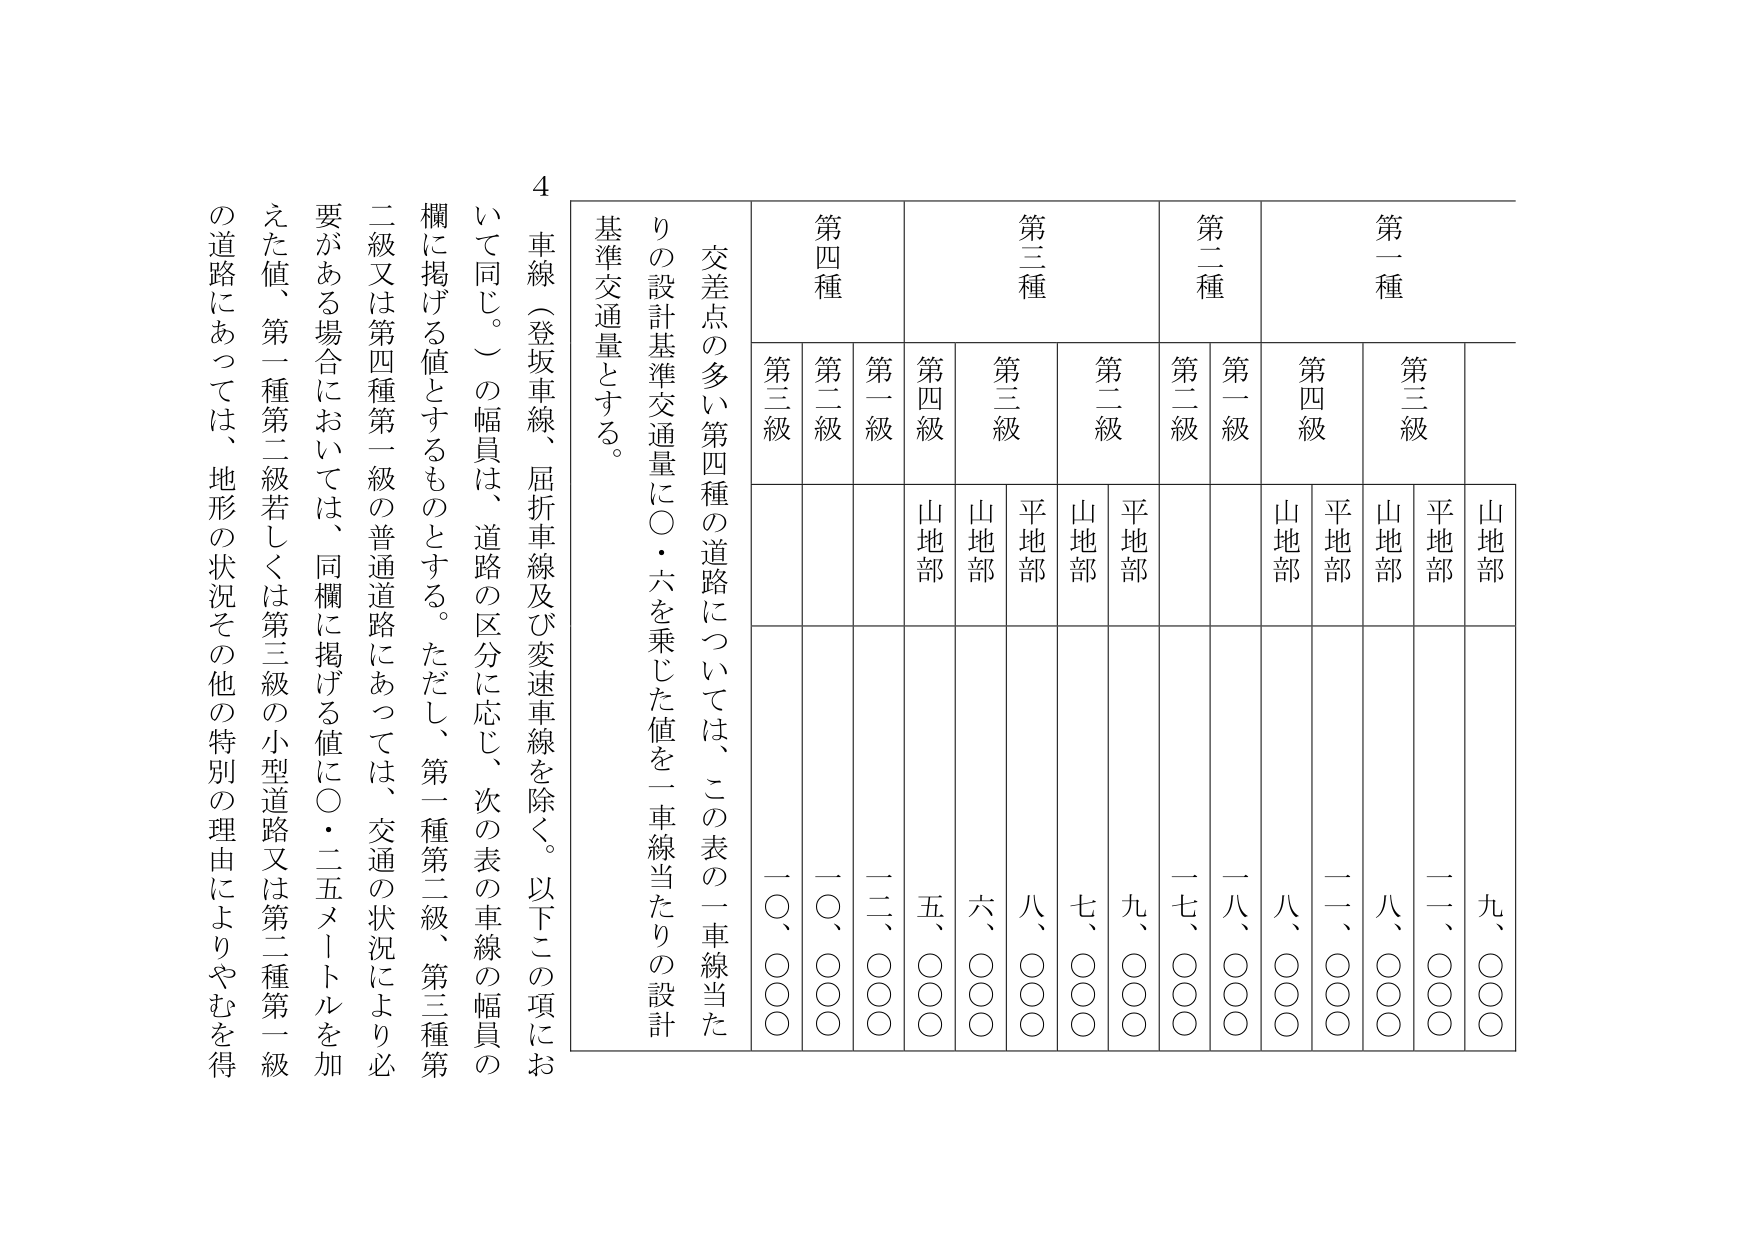
4
車線（登坂車線、屈折車線及び変速車線を除く。以下この項において同じ。）の幅員は、道路の区分に応じ、次の表の車線の幅員の欄に掲げる値とするものとする。ただし、第一種第二級、第三種第二級又は第四種第一級の普通道路にあっては、交通の状況により必要がある場合においては、同欄に掲げる値に〇・二五メートルを加えた値、第一種第二級若しくは第三級の小型道路又は第二種第一級の道路にあっては、地形の状況その他の特別の理由によりやむを得

交差点の多い第四種の道路については、この表の一車線当たりの設計基準交通量に〇・六を乗じた値を一車線当たりの設計基準交通量とする。

第一種
　　第三級　　第二級　　第四級
　　　平地部　　山地部　　平地部　　山地部　　平地部　　山地部
　　　九、〇〇〇　八、〇〇〇　二一、〇〇〇　八、〇〇〇　二一、〇〇〇　九、〇〇〇

第二種
　　第一級　　第二級
　　　平地部　　山地部　　平地部　　山地部
　　　一八、〇〇〇　一七、〇〇〇　九、〇〇〇　七、〇〇〇

第三種
　　第三級　　第二級　　第四級
　　　平地部　　山地部　　平地部　　山地部　　平地部　　山地部
　　　八、〇〇〇　六、〇〇〇　五、〇〇〇　二二、〇〇〇　一〇、〇〇〇　一〇、〇〇〇

第四種
　　第一級　　第二級　　第三級
　　　平地部　　山地部　　平地部　　山地部　　平地部　　山地部
　　　二二、〇〇〇　一〇、〇〇〇　一〇、〇〇〇　一〇、〇〇〇　一〇、〇〇〇　一〇、〇〇〇